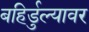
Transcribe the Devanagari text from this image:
बहिर्डुल्यावर